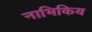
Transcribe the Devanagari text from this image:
नाभिकिय